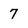
Character: 7